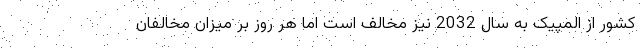
کشور از المپیک به سال 2032 نیز مخالف است اما هر روز بر میزان مخالفان